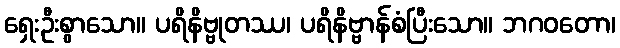
ရှေးဦးစွာသော။ ပရိနိဗ္ဗုတဿ၊ ပရိနိဗ္ဗာန်စံပြီးသော။ ဘဂဝတော၊